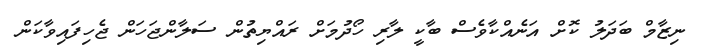
ނިޒާމް ބަދަލު ކޮށް އަނެއްކާވެސް ބާކީ ލާރި ހޯދުމަށް ރައްޔިތުން ސަލާންޖަހަން ޖެހިފައިވާކަން